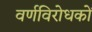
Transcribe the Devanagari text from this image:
वर्णविरोधकों